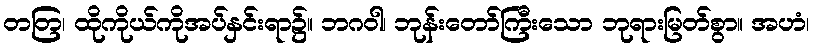
တတြ၊ ထိုကိုယ်ကိုအပ်နှင်းရာ၌။ ဘဂဝါ၊ ဘုန်းတော်ကြီးသော ဘုရားမြတ်စွာ။ အဟံ၊